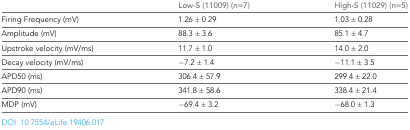
<table><thead><tr><td></td><td><b>Low-S (11009) (n=7)</b></td><td><b>High-S (11029) (n=5)</b></td></tr></thead><tbody><tr><td>Firing Frequency (mV)</td><td>1.26 ± 0.29</td><td>1.03 ± 0.28</td></tr><tr><td>Amplitude (mV)</td><td>88.3 ± 3.6</td><td>85.1 ± 4.7</td></tr><tr><td>Upstroke velocity (mV/ms)</td><td>11.7 ± 1.0</td><td>14.0 ± 2.0</td></tr><tr><td>Decay velocity (mV/ms)</td><td>−7.2 ± 1.4</td><td>−11.1 ± 3.5</td></tr><tr><td>APD50 (ms)</td><td>306.4 ± 57.9</td><td>299.4 ± 22.0</td></tr><tr><td>APD90 (ms)</td><td>341.8 ± 58.6</td><td>338.4 ± 21.4</td></tr><tr><td>MDP (mV)</td><td>−69.4 ± 3.2</td><td>−68.0 ± 1.3</td></tr></tbody></table>